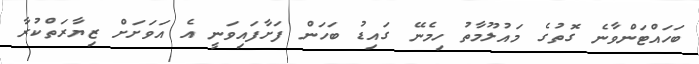
ބަހައްޓަންވާނެ ގޮތުގެ މައުލޫމާތު ހިމެނޭ ގައިޑު ބަހަން ފަށާފައިވަނީ އެ އަވަށަށް ޒިޔާރަތްކުރާ